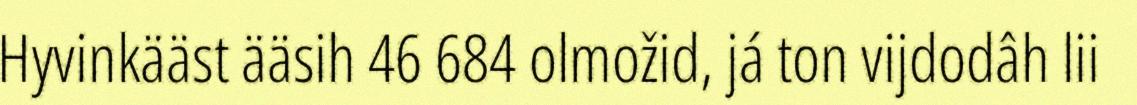
Hyvinkääst ääsih 46 684 olmožid, já ton vijdodâh lii